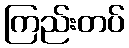
ကြည်းတပ်